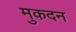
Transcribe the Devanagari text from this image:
मुकदन